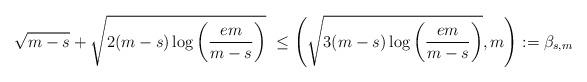
LaTeX: \begin{align*}\sqrt{m-s}+\sqrt{2(m-s)\log\left(\frac{em}{m-s}\right)} \ \le \left(\sqrt{3(m-s)\log\left(\frac{em}{m-s}\right)},m\right):=\beta_{s,m}\end{align*}